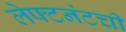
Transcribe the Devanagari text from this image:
लेफ्टनंटची